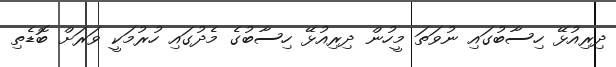
ދިރިއުޅޭ ހިސާބުގައި ނުވަތަ މީހުން ދިރިއުޅޭ ހިސާބުގެ މެދުގައި ހުރުމަކީ ވަރަށް ބޮޑެތި